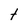
Character: t